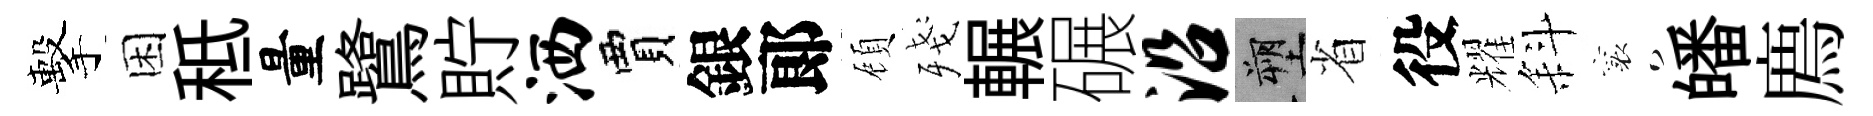
擊困秪量鷺貯洒賈銀郞頋殘輾碾沿塑省役耀斜襄皤廌